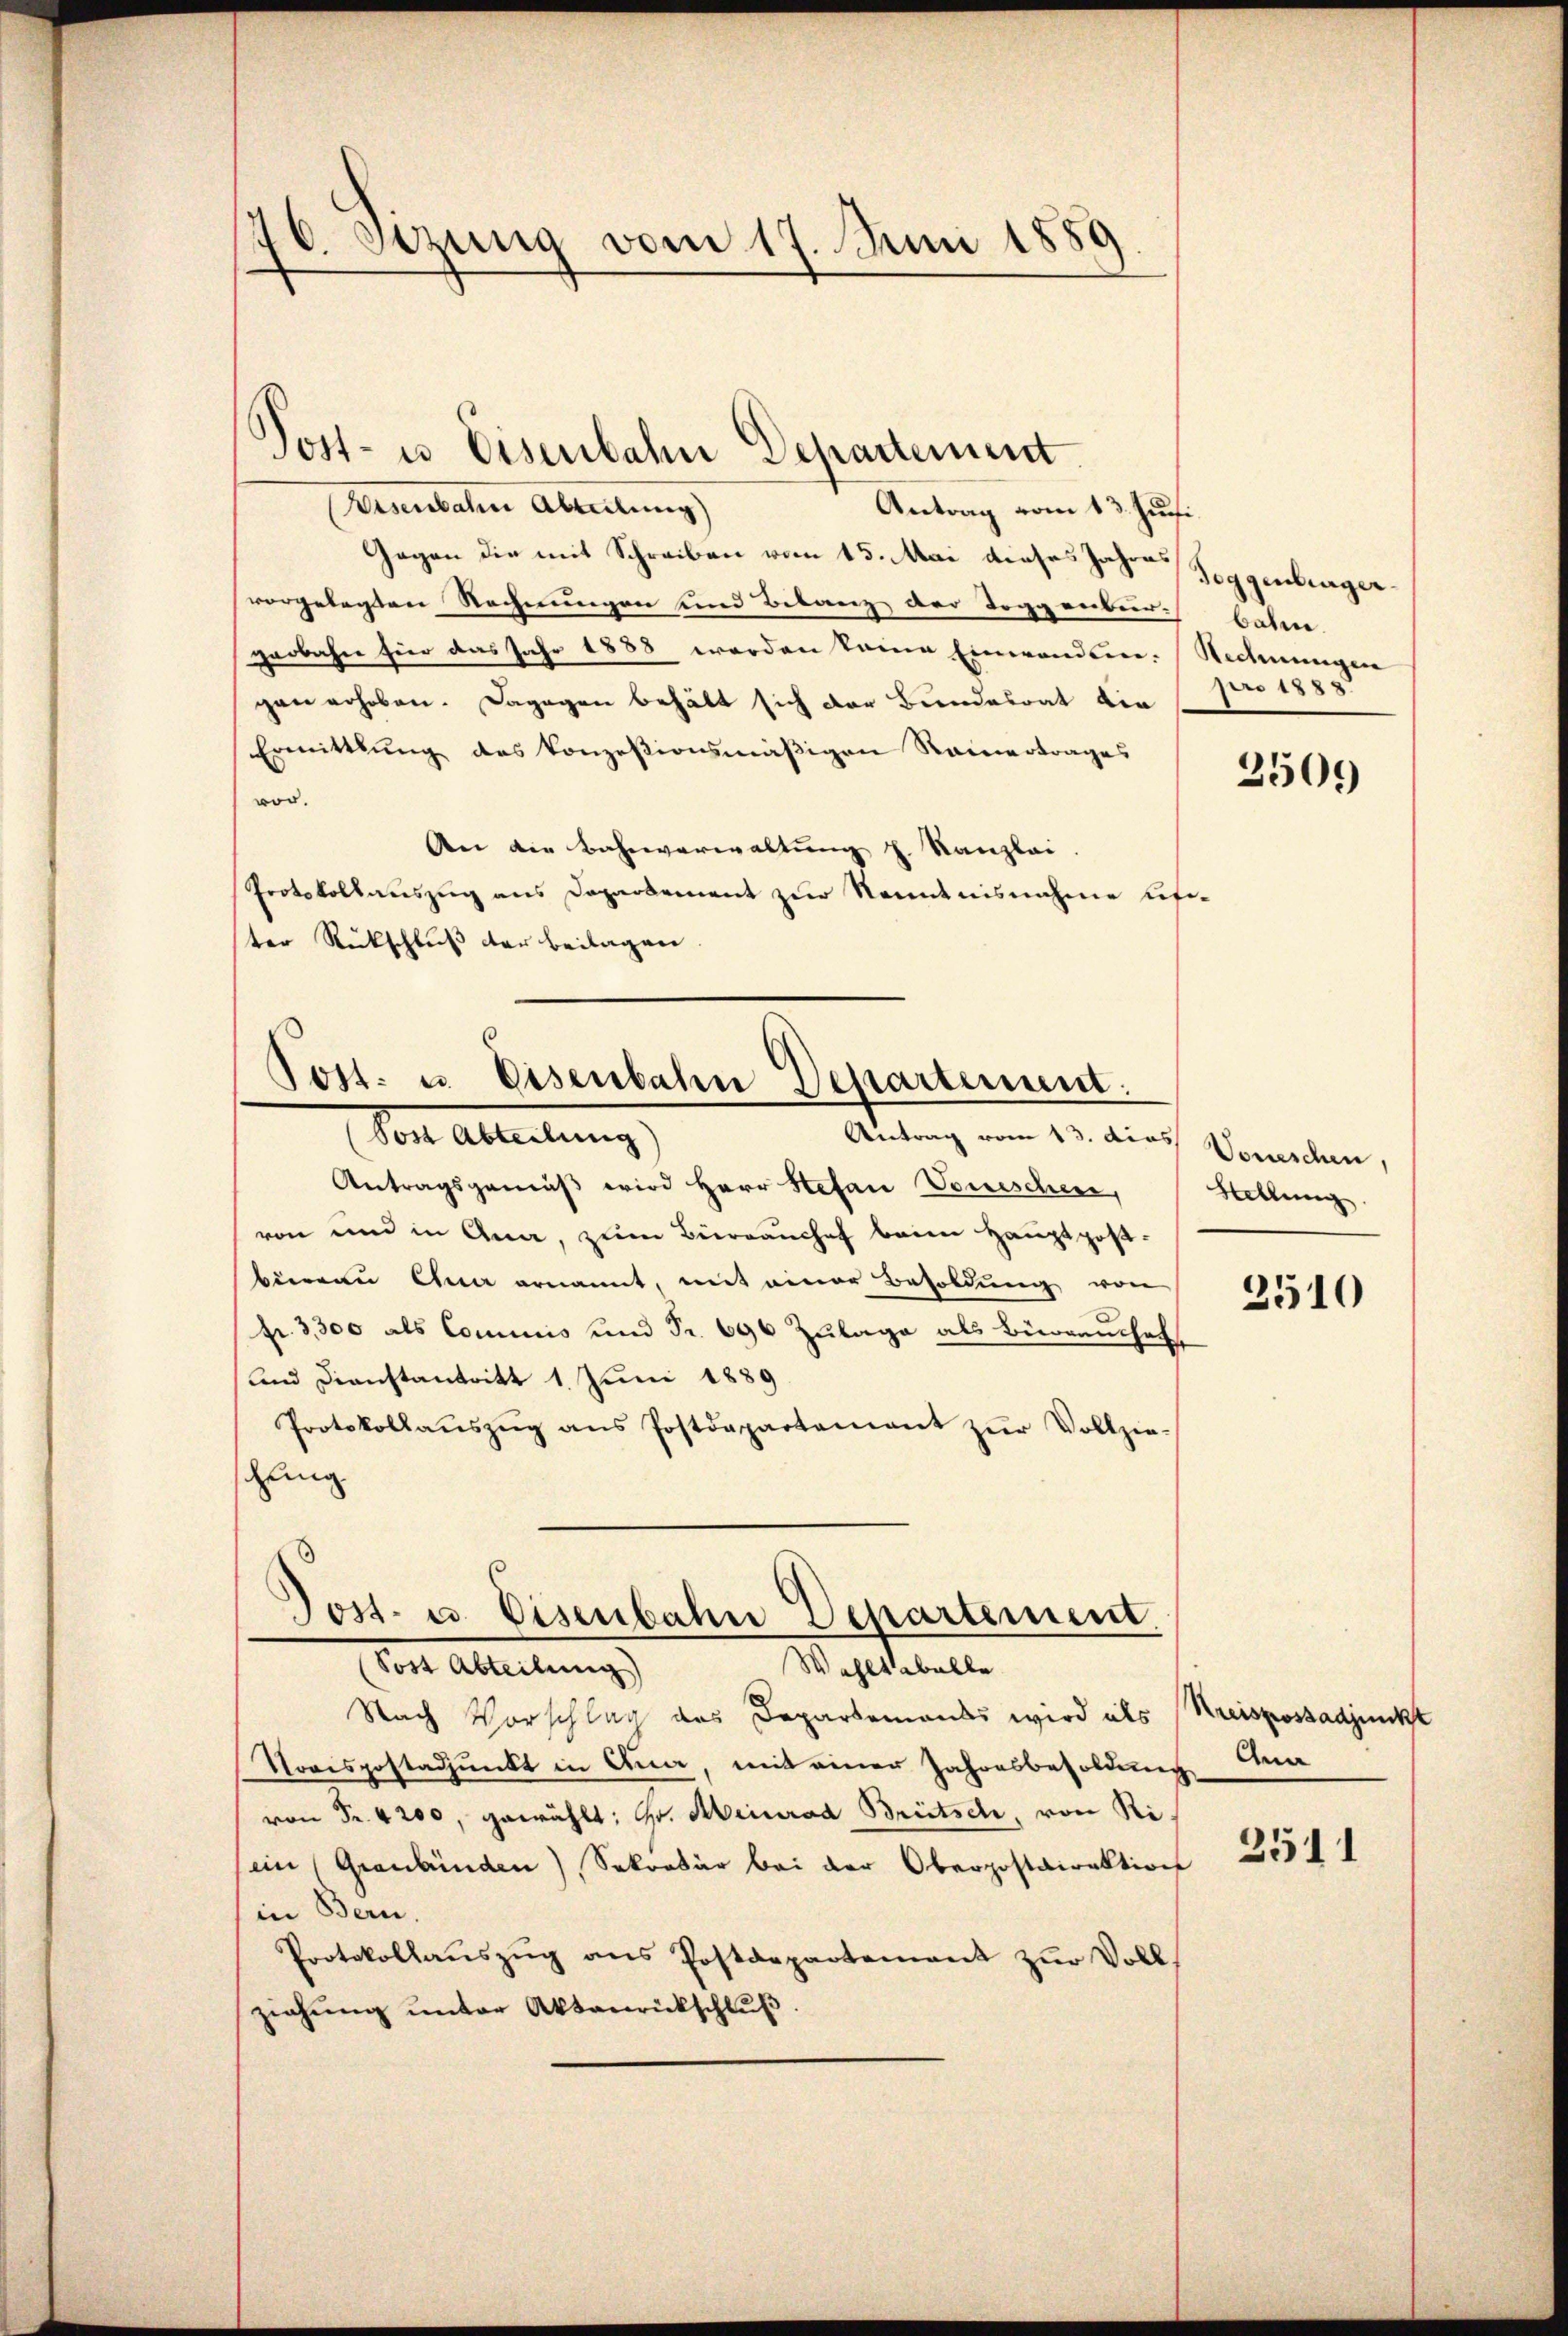
¬
70. Setzung vom 17. Juni 1889

Wesenbahn Abteilung)
Antrag vom 13. Jusi
Gegen die mit Schreiben vom 15. Mai dieses Jahres
vorgelegten Rechnungen und Betanz der Toggenber bahne
zerbahne hier das Jahr 1888 werden keine Einwanden. Rechnungen
gen erhoben. Dagegen behält sich der Bundesrat die
Ermittlung des konzesionsmäßigen Rainertrages
vor.
An die Bahnverwaltung z. Kanzlei.
Protokollauszug aus Departement zur Kenntnisnahme sufiter Rückschluß der Beilagen.
Post. u. Eisenbahn Departement.
Von Ableitung.
Antrag vom 13. dies Vorschen,
Antragsgemäß wird Herr Stefan Venischens, Hellung
von und in Ana, zum Bürrauchef beim Hauptpost-
bieren Quer ernannt, mit einer Besoldung von
fr. 3300 als Commis und Fr. 696 Zulage als Bürrauchet
und Dienstantritt 1. Juni 1889.
Protokollaŭszŭg ans Postdepartement zŭr Vollzie-
chung

Post- u Eisenbahn Departement

¬
Post- u. Eisenbahn Departement
von Allerungs
Wohltobelbe

Nach Vorschlag des Departemonds wird als Kreisposadjunkt
Trrispostadpŭnkt in Ana, mit einer Jahresbesoldŭng a
von Fr. 4200, gewählt: Hr. Abeinrad Brütsch, von Riein (Graubünden), Sekretär bei der Oberpostdirektion
in Bern.
Protokollaŭszŭg ans Postdepartement zŭr Voll-
ziehung unter Aktenrückschluß

Toggenburger
pro 1888.

3509

2510

2511